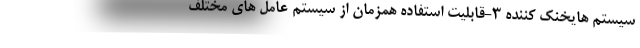
سیستم هایخنک کننده 3-قابلیت استفاده همزمان از سیستم عامل های مختلف